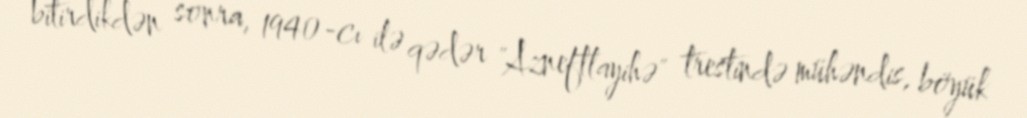
bitirdikdən sonra, 1940-cı ilə qədər "Azneftlayihə" trestində mühəndis, böyük